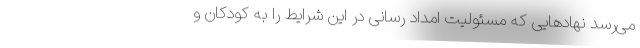
می‌رسد نهادهایی که مسئولیت امداد رسانی در این شرایط را به کودکان و